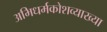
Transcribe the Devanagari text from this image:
अभिधर्मकोशव्याख्या